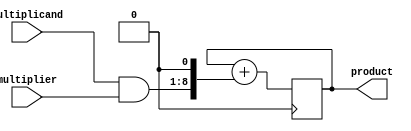
module shift_and_add_multiplier(
    input [7:0] multiplicand,
    input [7:0] multiplier,
    output reg [15:0] product
);

reg [7:0] partial_product;
reg [15:0] accumulated_product;

initial begin
    accumulated_product = 0;
end

always @(*) begin
    partial_product = multiplicand & multiplier;
end

always @(posedge clk) begin
    accumulated_product = accumulated_product + (partial_product << 1);
end

assign product = accumulated_product;

endmodule